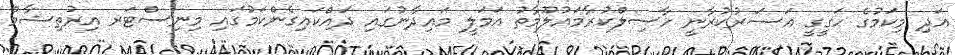
އަދި މިކަމުގެ ހަގީގީ އަސަރުކުރާނީ ހާސިލްކުރާމައުލޫމާތު އަމަލީ މައިދާނުގައި ދައްކައިގެންކަމުގައި މިނިސްޓަރ އިރުތިޝާމް